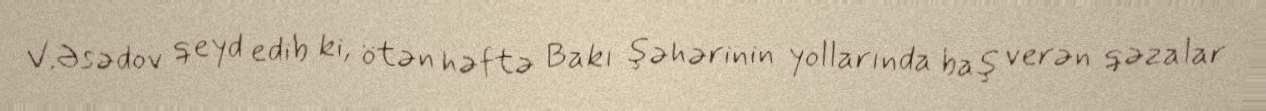
V.Əsədov qeyd edib ki, ötən həftə Bakı şəhərinin yollarında baş verən qəzalar